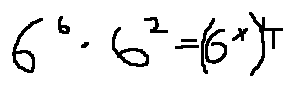
6 ^ { 6 } \cdot 6 ^ { 2 } = ( 6 ^ { x } ) ^ { 4 }